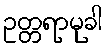
ဥတ္တရာမုခါ